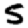
Digit: 5